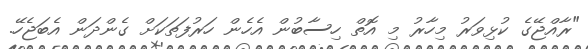
"ރާއްޖޭގެ ކުޅިވަރު މިހާރު މި އޮތް ހިސާބުން އެހެން ހަރުފަތަކަށް ގެންދަން އެބަޖެހޭ.